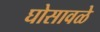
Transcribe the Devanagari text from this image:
घोसावळे